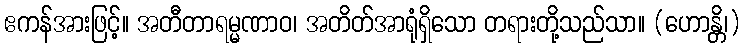
ဧကန်အားဖြင့်။ အတီတာရမ္မဏာဝ၊ အတိတ်အာရုံရှိသော တရားတို့သည်သာ။ (ဟောန္တိ၊)